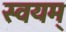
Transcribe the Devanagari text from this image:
स्वयम्‌